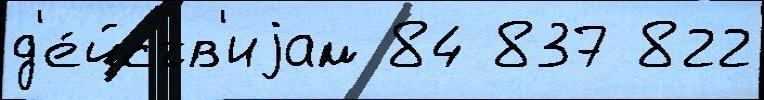
д'е́йств'иjам 84 837 822